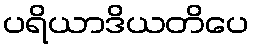
ပရိယာဒိယတိပေ